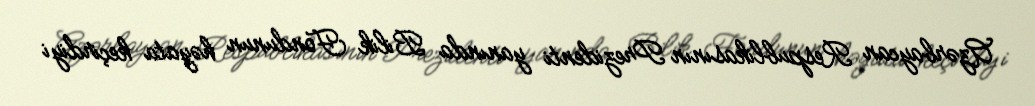
Azərbaycan Respublikasının Prezidenti yanında Bilik Fondunun həyata keçirdiyi